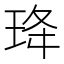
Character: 𭹇